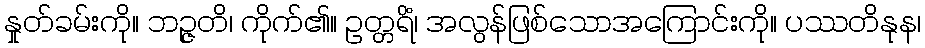
နှုတ်ခမ်းကို။ ဘဉ္ဇတိ၊ ကိုက်၏။ ဥတ္တရိံ၊ အလွန်ဖြစ်သောအကြောင်းကို။ ပဿတိနုန၊